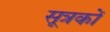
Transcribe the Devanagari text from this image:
सूत्रकों